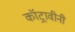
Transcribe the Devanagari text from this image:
कॉट्रावीनी